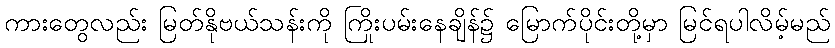
ကားတွေလည်း မြတ်နိုဗယ်သန်းကို ကြိုးပမ်းနေချိန်၌ မြောက်ပိုင်းတို့မှာ မြင်ရပါလိမ့်မည်